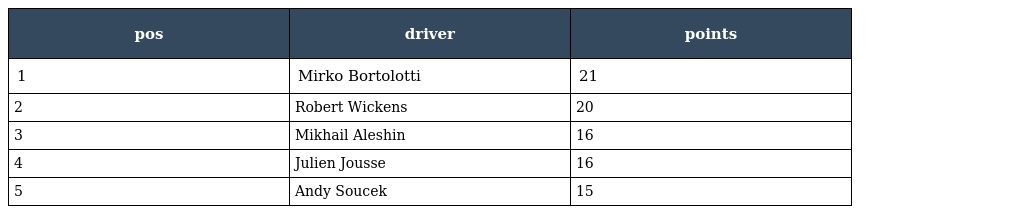
| pos | driver | points |
 | --- | --- | --- |
 | 1 | Mirko Bortolotti | 21 |
 | 2 | Robert Wickens | 20 |
 | 3 | Mikhail Aleshin | 16 |
 | 4 | Julien Jousse | 16 |
 | 5 | Andy Soucek | 15 |